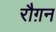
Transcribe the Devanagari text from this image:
रौग़न